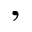
,